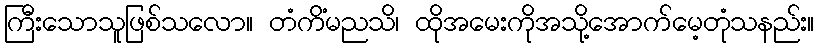
ကြီးသောသူဖြစ်သလော။ တံကိံမညသိ၊ ထိုအမေးကိုအသို့အောက်မေ့တုံသနည်း။